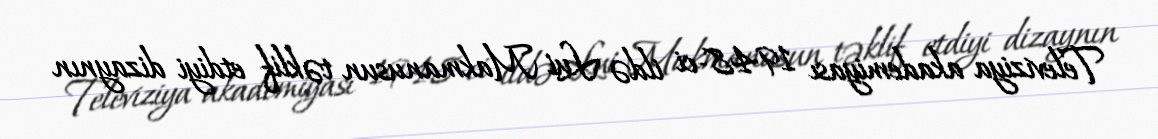
Televiziya akademiyası 1948-ci ildə Lui Makmanusun təklif etdiyi dizaynın